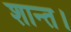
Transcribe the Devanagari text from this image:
शान्त।